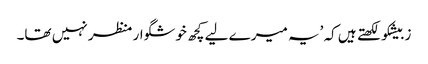
زبیشکو لکھتے ہیں کہ ’یہ میرے لیے کچھ خوشگوار منظر نہیں تھا۔